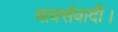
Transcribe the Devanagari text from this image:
मार्क्सवादी।